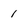
Character: 1